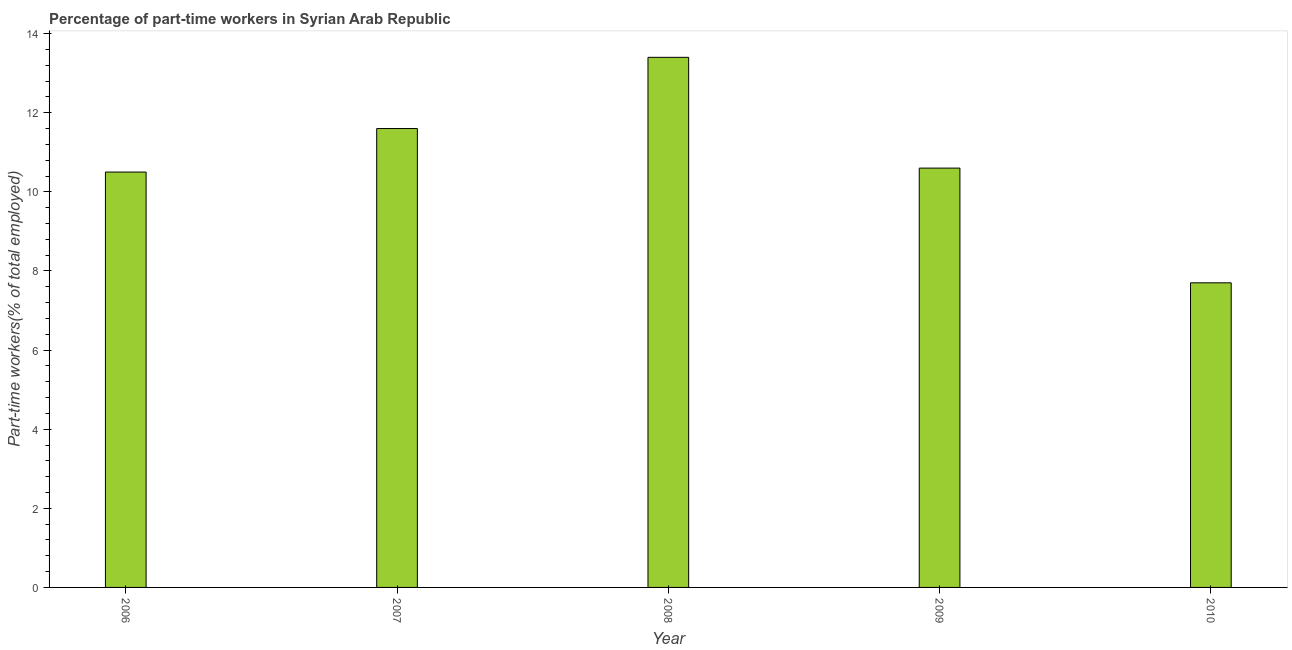
| Year | Part time employment |
 | --- | --- |
 | 2006 | 10.5 |
 | 2007 | 11.6 |
 | 2008 | 13.4 |
 | 2009 | 10.6 |
 | 2010 | 7.7 |